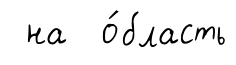
на о́бласть